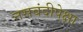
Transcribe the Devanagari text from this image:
नसबंदीपेक्षा